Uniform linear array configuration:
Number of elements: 16
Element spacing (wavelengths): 0.5
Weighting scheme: cosine
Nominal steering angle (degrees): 0
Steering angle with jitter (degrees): -0.378
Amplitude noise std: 0.05
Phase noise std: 0.05

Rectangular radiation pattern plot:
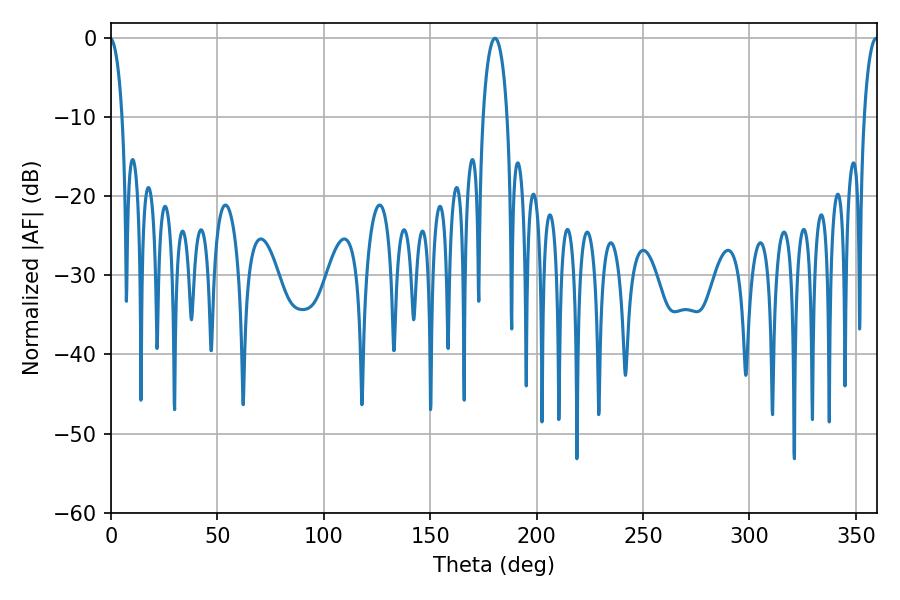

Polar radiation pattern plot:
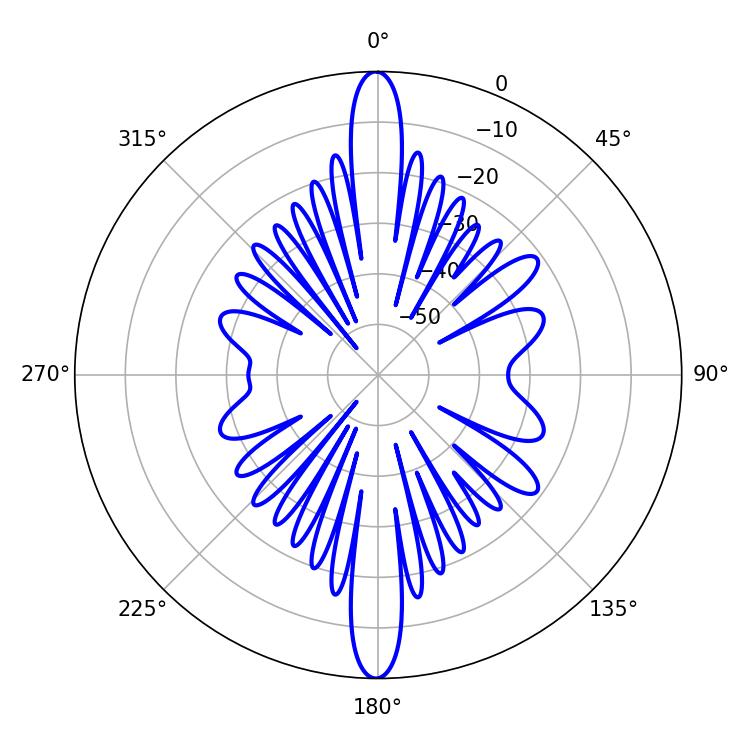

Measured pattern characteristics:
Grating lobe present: FALSE
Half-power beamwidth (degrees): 6.66
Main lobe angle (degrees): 180.36